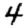
Digit: 4